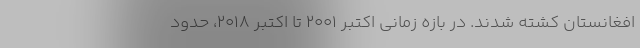
افغانستان کشته شدند. در بازه زمانی اکتبر ۲۰۰۱ تا اکتبر ۲۰۱۸، حدود